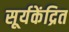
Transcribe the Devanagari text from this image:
सूर्यकेंद्रित